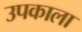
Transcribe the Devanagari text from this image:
उपकाला